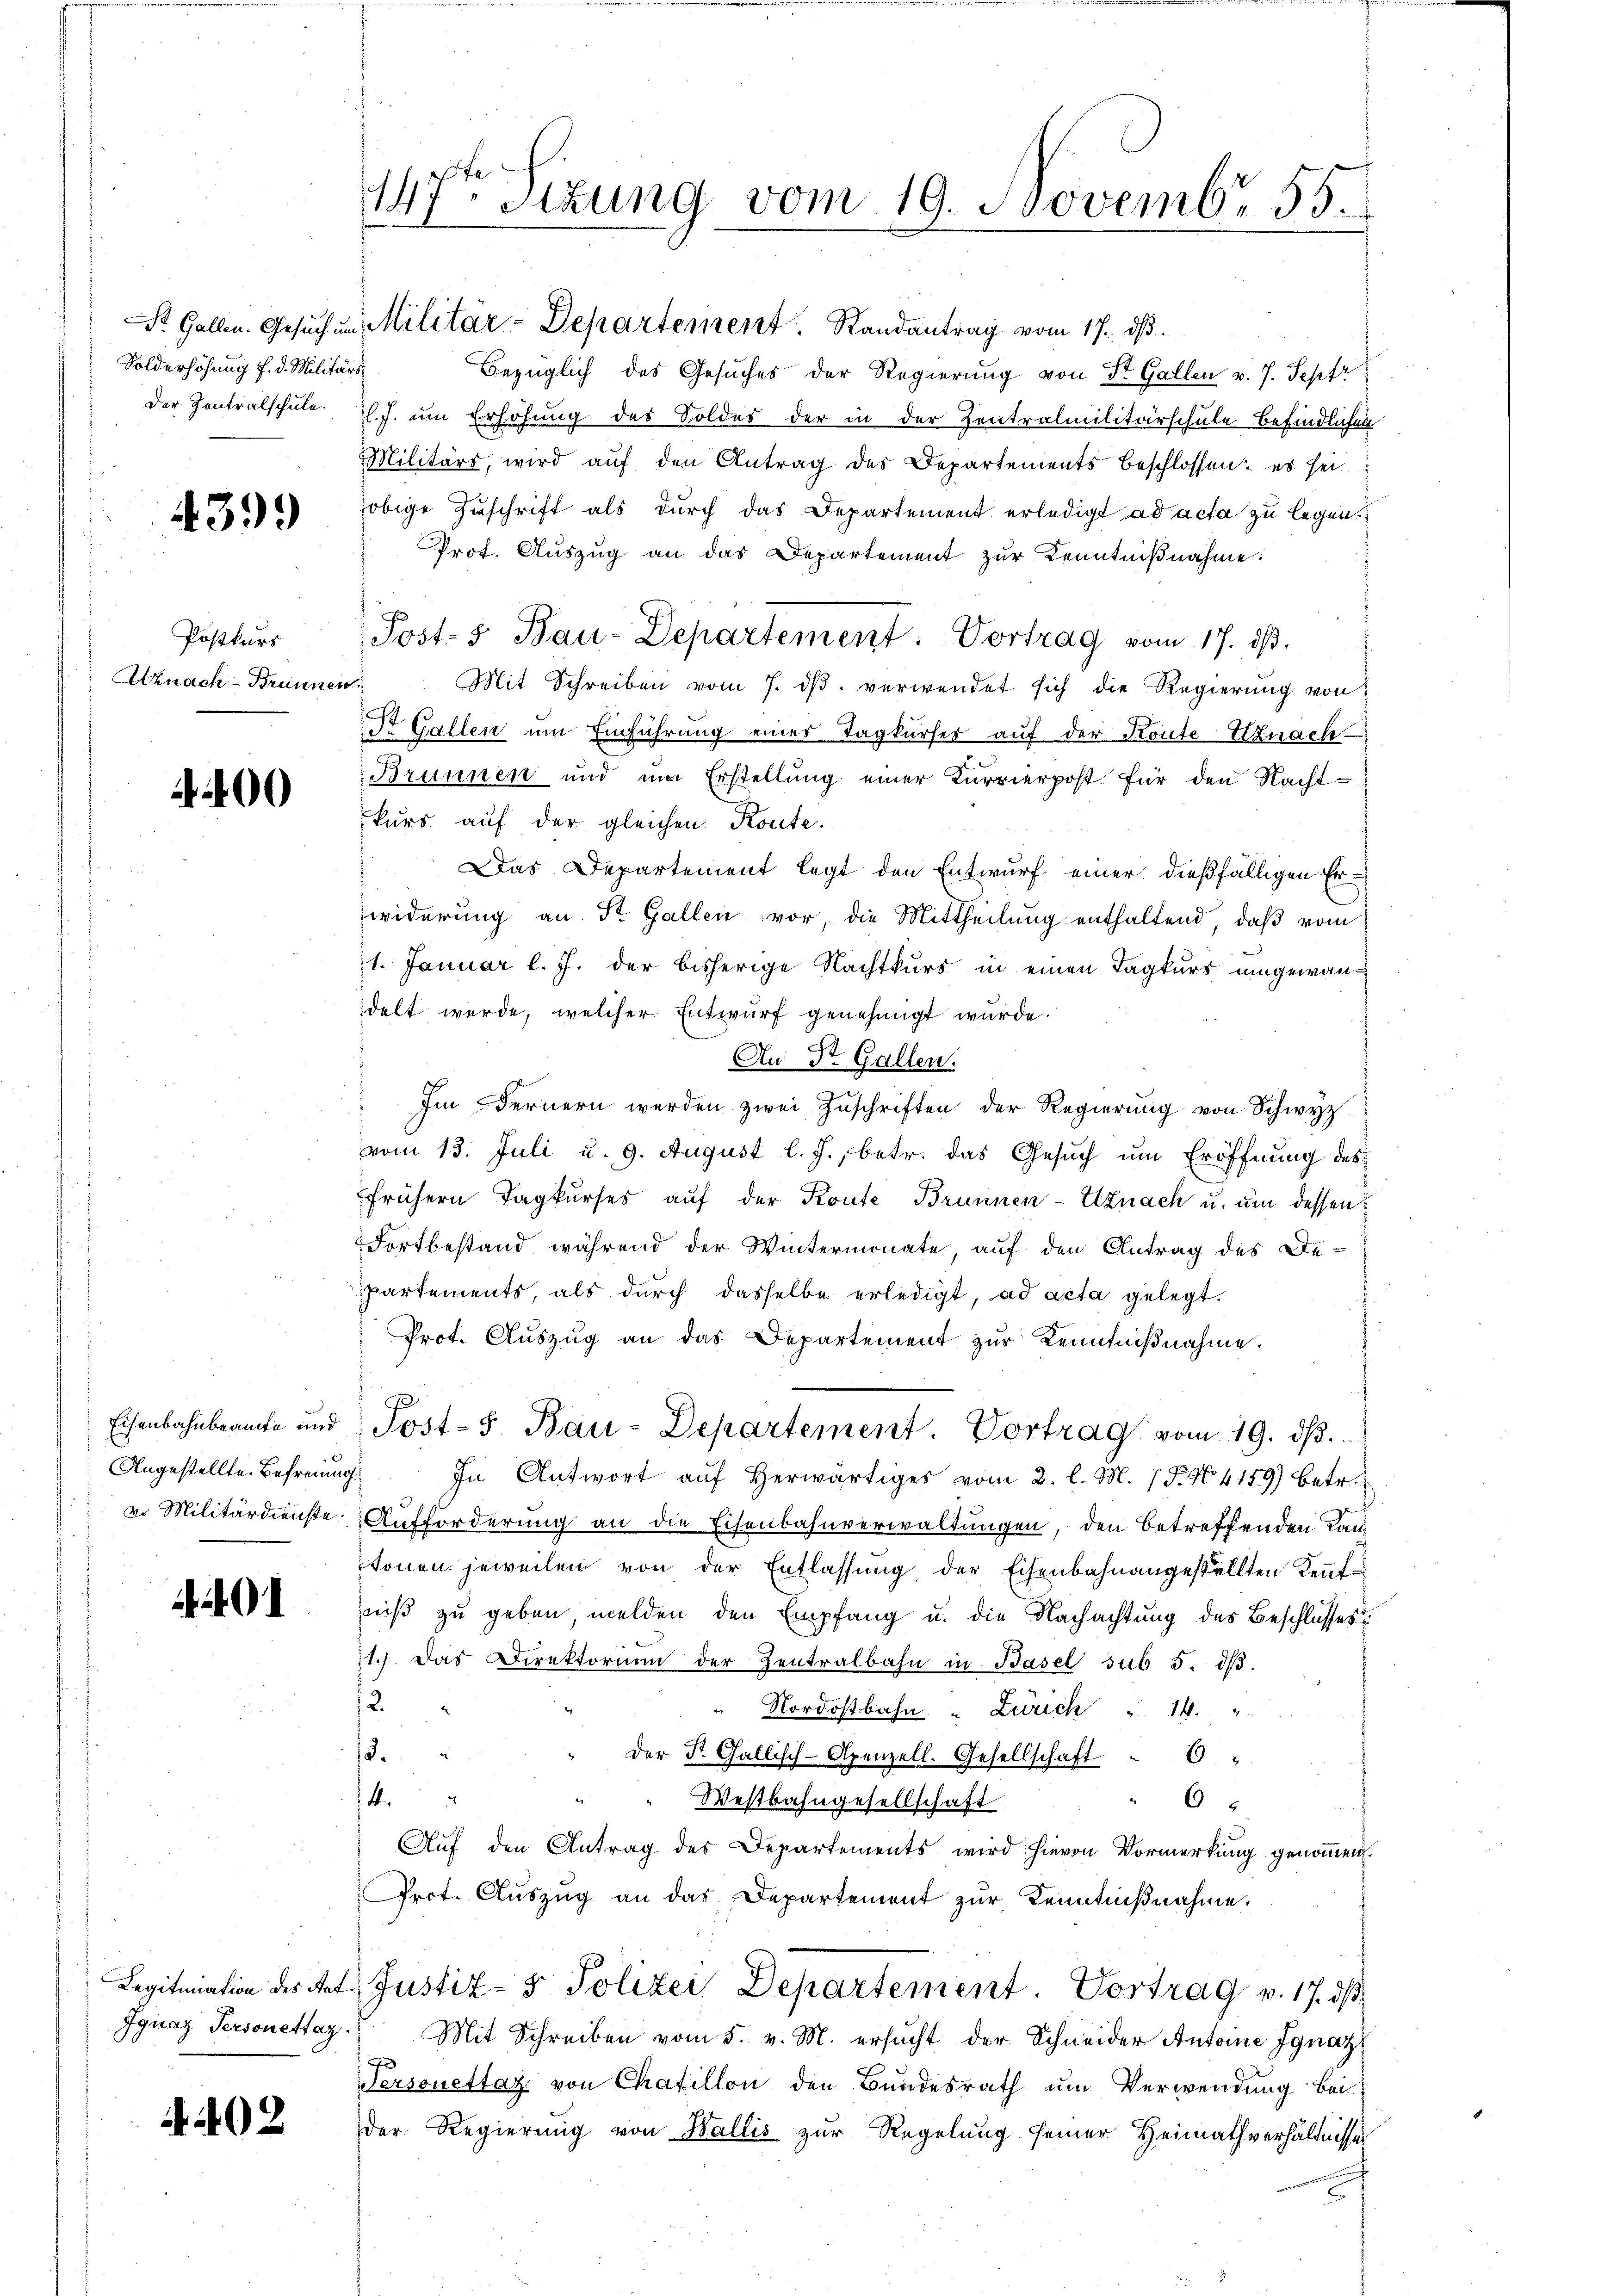
Solderhöhung f. d. Militärs.

439.

Postkurs
Uznach - Brunnen.

00

01

Ignaz Personettag.

202

147ten Sizung vom 19. Novembr. 155.

Dr. Gallen. Gesŭch um Militär-Departement. Randantrag vom 17. dβ.
bezüglich des Gesuches der Regierung von St. Gallen v. 7. Septr
der Zentralschule l. J. um Erhöhung des Soldes der in der Zentralmilitärschule befindlichen
Militärs, wird aŭf den Antrag des Departements beschlossen: es sei.
obige Zuschrift als durch das Departement erledigt ad acta zu legen.
Prot. Aŭszŭg an das Departement zŭr Kenntniβnahme:
Mit Schreiben vom 7. dβ verwendet sich die Regierung von
St. Gallen um Einführung einer Tagkurser auf der Konte Uznach
Brunnen und um Erstellung einer Kurrierpost für den Nacht-
kurs auf der gleichen Konte.
Das Departement legt den Entwurf einer dießfälligen Erwiderung an St. Gallen vor, die Mittheilung enthaltend, daß vom
11. Januar l. J. der bisherige Nachtkurs in einen Tagkurs umgewandelt werde, welcher Entwurf genehmigt wurde.
An St. Gallen.
 Im Fernern werden zwei Zŭschriften der Regierŭng von Schwyz
vom 13. Juli u. 9. August l. J., betr. das Gesuch um Eröffnung des
frühern Tagkŭrses aŭf der Konte Brunnen-Uznach u. ŭm dessen:
Fortbestand während der Wintermonate, auf den Antrag des De-
partements, als durch dasselbe erledigt, ad acta gelegt.
Prot. Aŭszŭg an das Departement zŭr Kenntniβnahme.
Eisenbahnbeamte und Post- Bau-Departement. Vortrag vom 19. dβ.
Angestellte. Befreiung. In Antwort aŭf herwärtiges vom 2. l. M. P. N. 4159) betr.
v. Militärdienste. Aufforderung an die Eisenbahnverwaltungen, den betreffenden Kantonen jeweilen von der Entlassŭng der Eisenbahnangestellten Kenntniß zu geben, melden den Empfang u. die Nachachtung des Beschlusses
1.) Das Direktoriam der Zentralbahn in Basel sub 5. dβ.
2.
Nordostbahn " Zürich " 14.
.
Der St. Gallisch-Apenzell. Gesellschaft " 6 "
14.
65
" " Westbahngesellschaft
Auf den Antrag des Departements wird hievon Vormerkung genommen.
Prot. Aŭszŭg an das Departement zŭr Kenntniβnahme.
Legitimation des Rat. Justiz- & Polizei Departement. Vortrag v. 17. dβ
Mit Schreiben vom 5. v. M. ersucht der Schneider Antoine Ignaz
Personettaz von Chaillon den Bundesrath um Verwendung bei
Der Regierung von Wallis zur Regelung seiner Heimath verhältnisses

Post- & Bau-Departement: Vortrag vom 17. dβ.